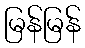
မြန်မြန်